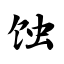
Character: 蚀